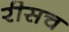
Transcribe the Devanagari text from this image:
रीसच